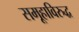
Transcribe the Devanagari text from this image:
समूहाविरुद्ध